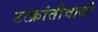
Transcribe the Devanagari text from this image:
उत्क्रांतीवादी